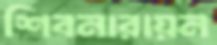
শিবনারায়ন